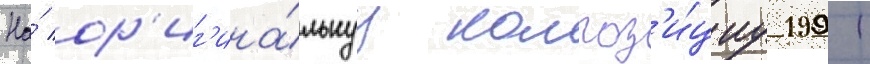
На́ ор'иг'ина́льнуу композ'и́циу 1991